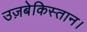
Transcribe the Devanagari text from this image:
उज़बेकिस्तान।